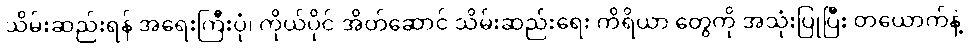
သိမ်းဆည်းရန် အရေးကြီးပုံ၊ ကိုယ်ပိုင် အိတ်ဆောင် သိမ်းဆည်းရေး ကိရိယာ တွေကို အသုံးပြုပြီး တယောက်နဲ့